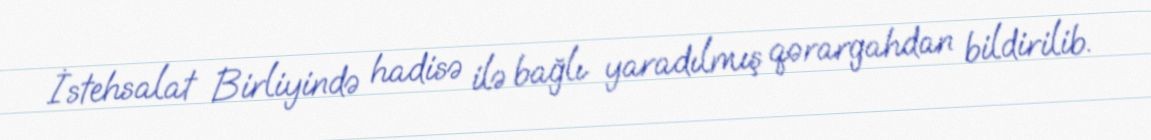
İstehsalat Birliyində hadisə ilə bağlı yaradılmış qərargahdan bildirilib.